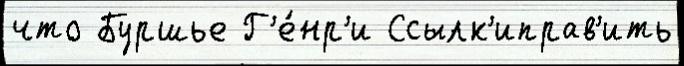
что Буршье Г'е́нр'и Ссылк'иправ'ить